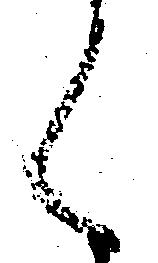
く